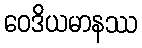
ဝေဒိယမာနဿ